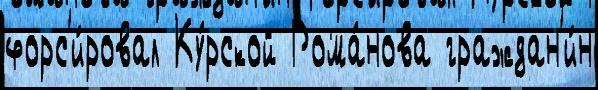
форс'и́ровал Ку́рской Рома́нова граждан'и́н